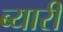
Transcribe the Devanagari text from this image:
ब्यारी